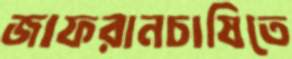
জাফরানচাষিতে